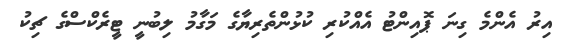
އިރު އެންމެ ގިނަ ޕޮއިންޓު އެއްކުރި ކުޅުންތެރިޔާގެ މަގާމު ލިބުނީ ޓީރެކްސްގެ ޗިކު